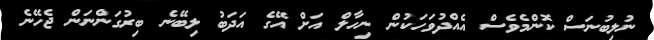
ނުލިބުނަސް ކޮންމެވެސް އެއްދުވަހަކުން ނިހާލް އަށް އޭގެ އަދަބު ލިބޭނެ ބިރުގަންނަން ޖެހޭނެ